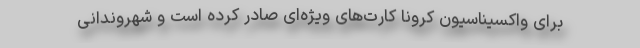
برای واکسیناسیون کرونا کارت‌های ویژه‌ای صادر کرده است و شهروندانی